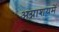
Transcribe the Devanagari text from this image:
अग्नाशयमें